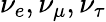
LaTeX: \nu_{e},\nu_{\mu},\nu_{\tau}